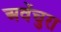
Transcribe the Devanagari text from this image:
अवेंचुरा